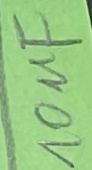
Text: 10uF